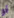
أو